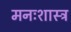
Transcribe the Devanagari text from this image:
मनःशास्त्र